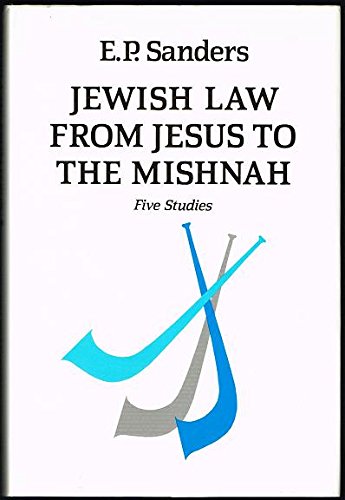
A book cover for Jewish Law from Jesus to the Mishnah: Five Studies; E. P. Sanders; Religion & Spirituality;